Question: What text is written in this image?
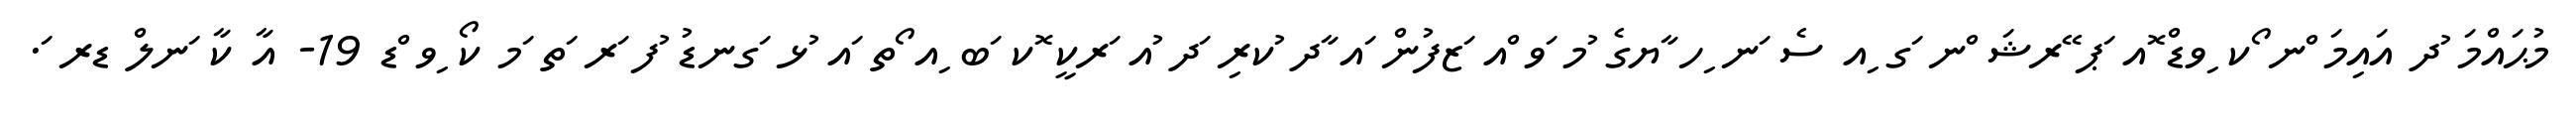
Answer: މުޙައްމަ ުދ އައިމަ ްނ ޯކ ިވޑް ޮއ ަޕ ޭރޝަ ްނ ަގ ިއ ސެ ަނ ިހ ާޔގެ ުމ ަވ ްއ ަޒފުން ައ ާދ ުކރި ަދ ުއ ަރކީ ޮކ ަބ ިއ ޯތ ައ ުޅ ަގނޑު ުފ ަރ ަތ ަމ ކޯ ިވ ްޑ 19- އާ ކާ ަނލް ޑރ ަ.